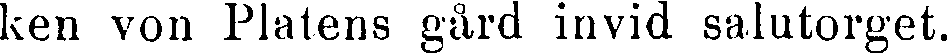
ken von Platens gård invid salutorget.